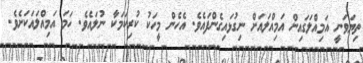
ތިޔަވަނީ އަމިއްލަގައިން އަމިއްލައަށް ނިގުޅައިގެންފައެވެ. އެހެން މީހަކު ކުރިކަމަކާ ނުލައެވެ. ހަމަ އަމިއްލައަކަށެވެ.